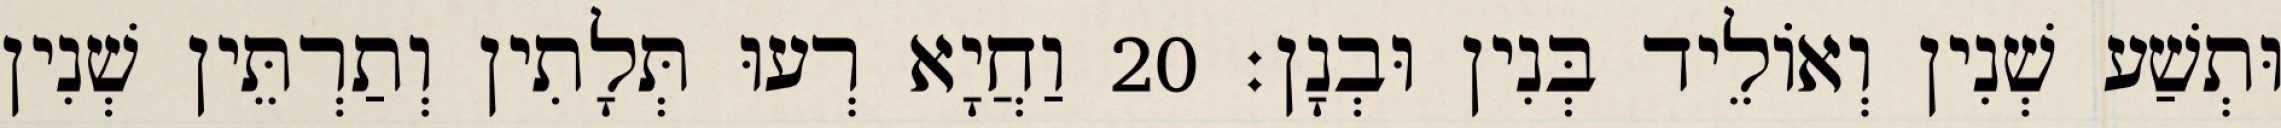
וּתְשַׁע שְׁנִין וְאוֹלֵיד בְּנִין וּבְנָן׃ 20 וַחֲיָא רְעוּ תְּלָתִין וְתַרְתֵּין שְׁנִין